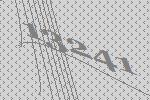
13241